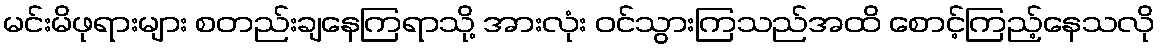
မင်းမိဖုရားများ စတည်းချနေကြရာသို့ အားလုံး ဝင်သွားကြသည်အထိ စောင့်ကြည့်နေသလို